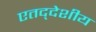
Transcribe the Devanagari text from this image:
एतद्‍देशीय